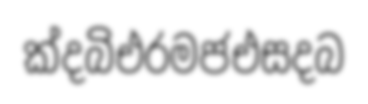
ක්දබිඑරමජඑසදබ